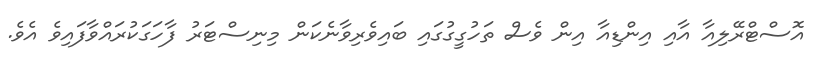
އޮސްޓްރޭލިއާ އާއި އިންޑިއާ އިން ވެސް ތަހުގީގުގައި ބައިވެރިވާނެކަން މިނިސްޓަރު ފާހަގަކުރައްވާފައިވެ އެވެ.